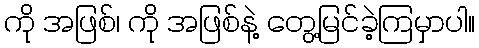
ကို အဖြစ်၊ ကို အဖြစ်နဲ့ တွေ့မြင်ခဲ့ကြမှာပါ။